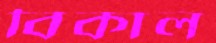
বিকাল